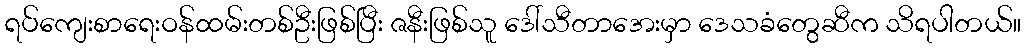
ရပ်ကျေးစာရေးဝန်ထမ်းတစ်ဦးဖြစ်ပြီး ဇနီးဖြစ်သူ ဒေါ်သီတာအေးမှာ ဒေသခံတွေဆီက သိရပါတယ်။